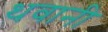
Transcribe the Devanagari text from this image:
थवानी